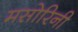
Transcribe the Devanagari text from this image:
मसोरिनी